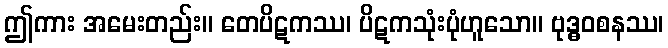
ဤကား အမေးတည်း။ တေပိဋကဿ၊ ပိဋကသုံးပုံဟူသော။ ဗုဒ္ဓဝစနဿ၊